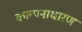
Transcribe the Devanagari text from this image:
कल्पनाधारण